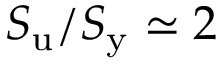
S _ { \mathrm { u } } / S _ { \mathrm { y } } \simeq 2